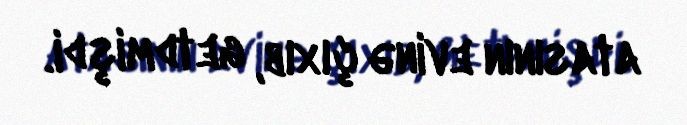
atasının evinə çıxıb, getdmişdi.